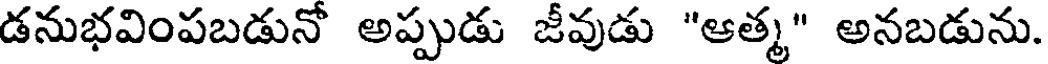
డనుభవింపబడునో అప్పుడు జీవుడు "ఆత్మ" అనబడును.